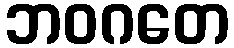
ဘဝဂတေ